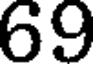
69